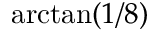
\arctan ( 1 / 8 )